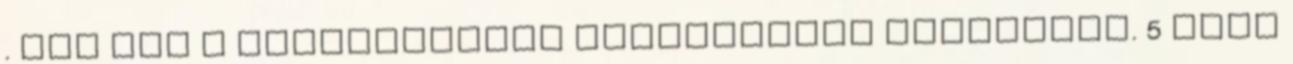
. Tíz éve a befektetések varázslatos világában. 5 évig